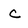
Character: c